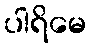
ပါရိမေ